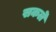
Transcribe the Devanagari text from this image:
सकले